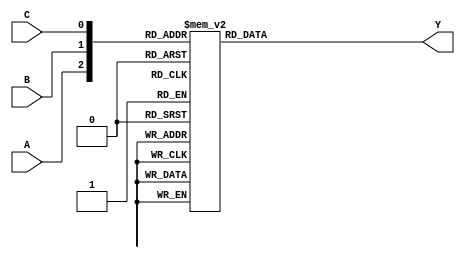
// This program was cloned from: https://github.com/aryanmahawar205/ModelSim-IntelFPGA
// License: GNU General Public License v3.0

//Behavioural Modelling for 3 to 8 Decoder

module decoder_3_to_8_beh(A, B, C, Y);
input A, B, C; output [7:0]Y; reg [7:0]Y;
always @ (A or B or C)
begin
case({A, B, C})
3'b000 : begin Y[0] = 1; Y[1] = 0; Y[2] = 0; Y[3] = 0; Y[4] = 0; Y[5] = 0; Y[6] = 0; Y[7] = 0; end
3'b001 : begin Y[0] = 0; Y[1] = 1; Y[2] = 0; Y[3] = 0; Y[4] = 0; Y[5] = 0; Y[6] = 0; Y[7] = 0; end
3'b010 : begin Y[0] = 0; Y[1] = 0; Y[2] = 1; Y[3] = 0; Y[4] = 0; Y[5] = 0; Y[6] = 0; Y[7] = 0; end
3'b011 : begin Y[0] = 0; Y[1] = 0; Y[2] = 0; Y[3] = 1; Y[4] = 0; Y[5] = 0; Y[6] = 0; Y[7] = 0; end
3'b100 : begin Y[0] = 0; Y[1] = 0; Y[2] = 0; Y[3] = 0; Y[4] = 1; Y[5] = 0; Y[6] = 0; Y[7] = 0; end
3'b101 : begin Y[0] = 0; Y[1] = 0; Y[2] = 0; Y[3] = 0; Y[4] = 0; Y[5] = 1; Y[6] = 0; Y[7] = 0; end
3'b110 : begin Y[0] = 0; Y[1] = 0; Y[2] = 0; Y[3] = 0; Y[4] = 0; Y[5] = 0; Y[6] = 1; Y[7] = 0; end
3'b111 : begin Y[0] = 0; Y[1] = 0; Y[2] = 0; Y[3] = 0; Y[4] = 0; Y[5] = 0; Y[6] = 0; Y[7] = 1; end
endcase
end
endmodule